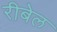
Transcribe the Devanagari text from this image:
रीबेल